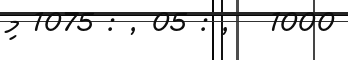
1000